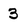
Character: 3